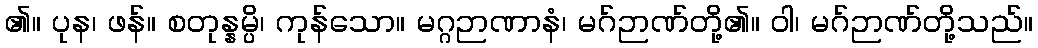
၏။ ပုန၊ ဖန်။ စတုန္နမ္ပိ၊ ကုန်သော။ မဂ္ဂဉာဏာနံ၊ မဂ်ဉာဏ်တို့၏။ ဝါ၊ မဂ်ဉာဏ်တို့သည်။